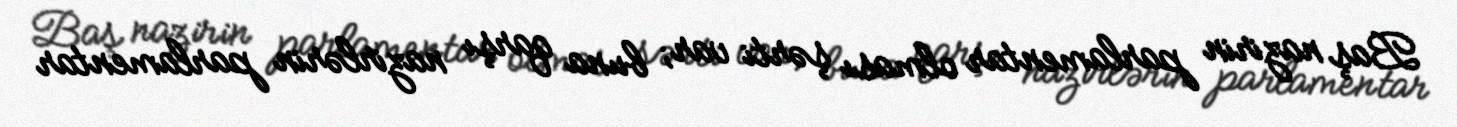
Baş nazirin parlamentar olması şərti var; buna qarşı nazirlərin parlamentar